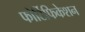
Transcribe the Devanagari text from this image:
फोर्टिफिकेशन